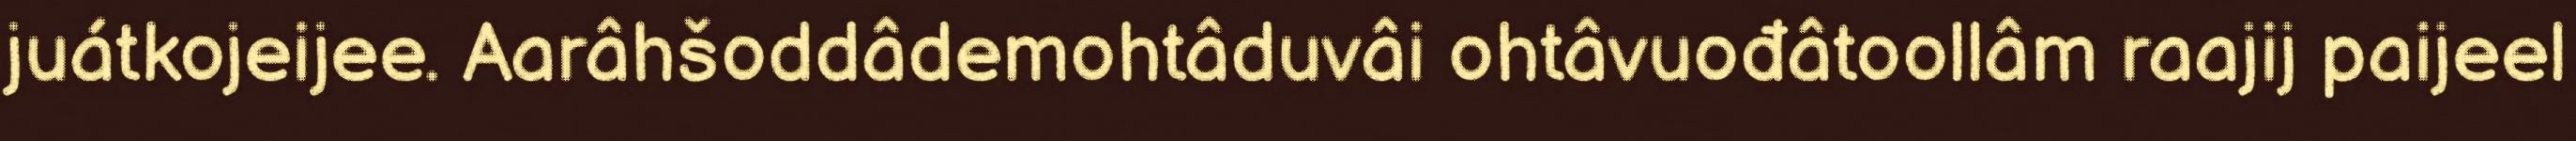
juátkojeijee. Aarâhšoddâdemohtâduvâi ohtâvuođâtoollâm raajij paijeel